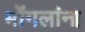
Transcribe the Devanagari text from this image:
मोंगलांना